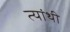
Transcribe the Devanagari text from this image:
त्यांथी